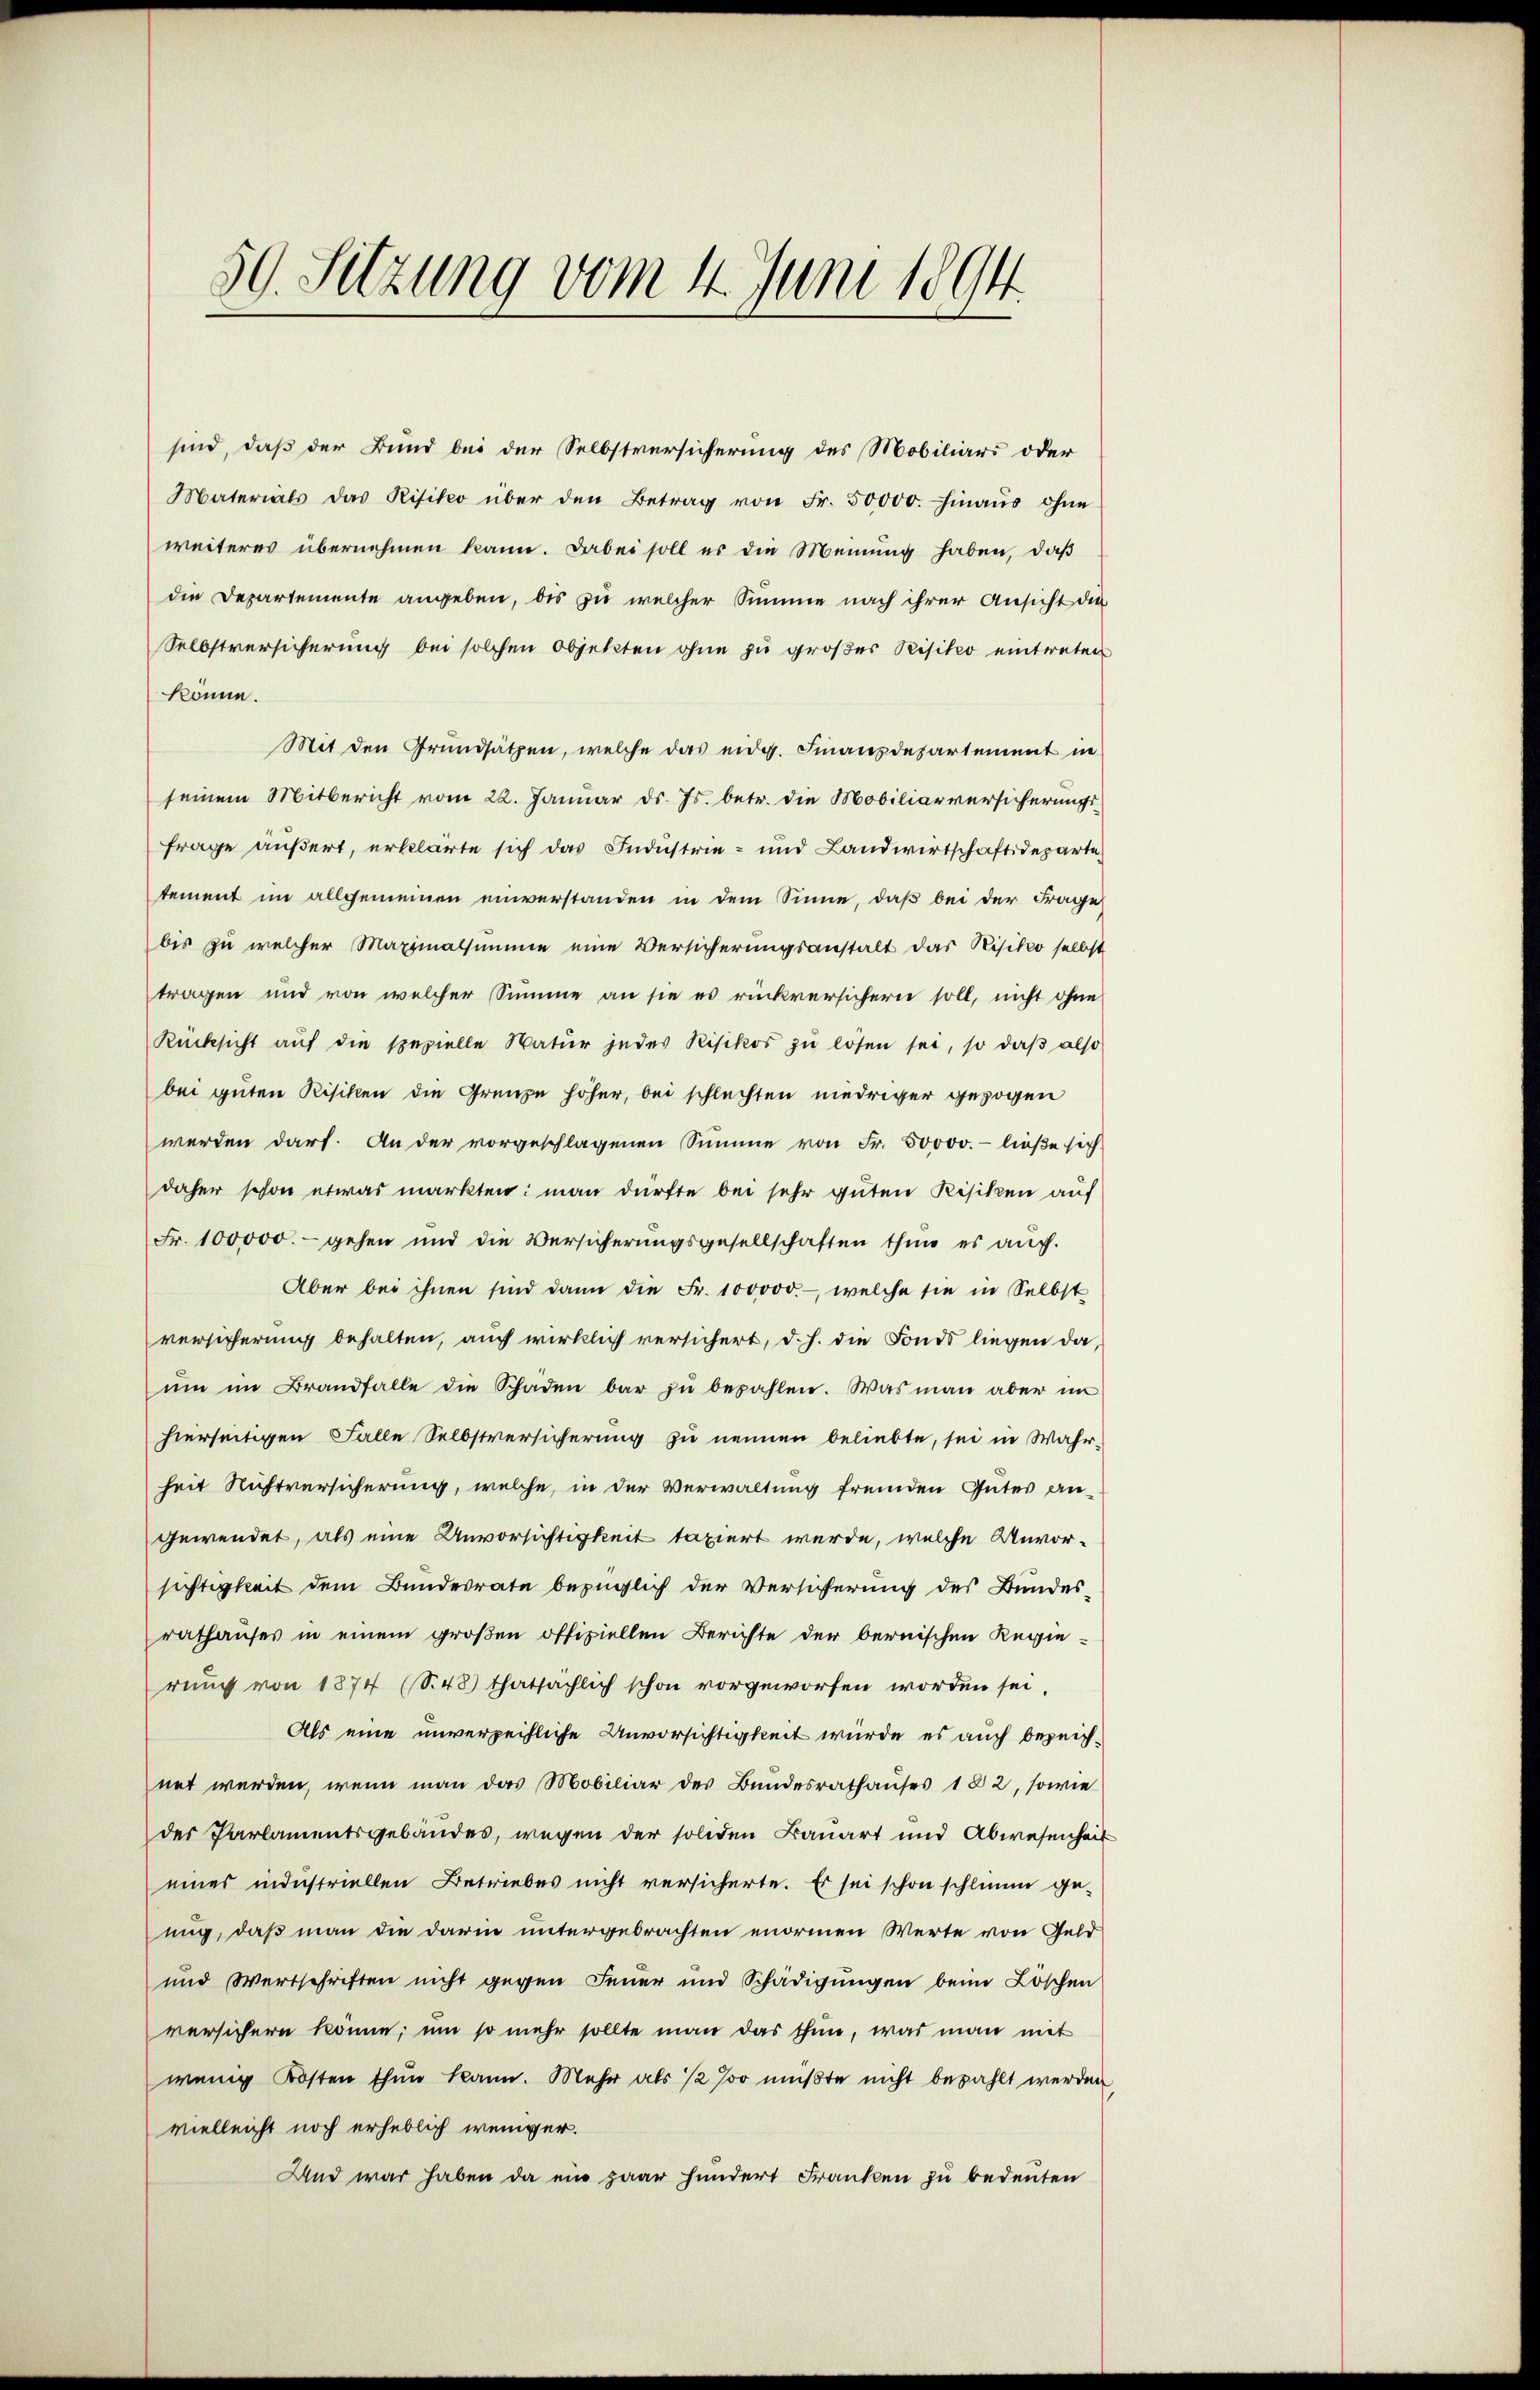
59. Sitzung vom 4. Juni 1894

sind, daß der Bund bei der Selbstversicherung des Mobiliars oder
Materials das Risiko über den Betrag von Fr. 50000. hinaŭs ohne
weiteres übernehmen kann. Dabei soll es die Meinung haben, daß
die Departemente angeben, bis zu welcher Summe nach ihrer Ansicht der
Selbstversicherŭng bei solchen Objekten ohne zu großer Visitio eintreten
könne.
Mit den Grundsätzen, welche das eidg. Finanzdepartement in
seinem Mitbericht vom 22. Januar ds. Js. betr. die Mobiliarversicherungs-
frage äußert, erklärte sich das Industrie- und Landwirtschaftsdeparte
tement im allgemeinen einverstanden in dem Sinne, daß bei der Frage
bis zu welcher Maximalsumme eine Versicherungsanstalt das Risiko selbst
tragen und von welcher Summe an sie es rückversichern soll, nicht ohne
Rücksicht auf die spezielle Natur jedes Risikos zu lösen sei, so daß also
bei guten Risiken die Grenze höher, bei schlechten niedriger gezogen
werden darf. An der vorgeschlagenen Summe von Fr. 50000. - ließe sich
daher schon etwas markten: man dürfte bei sehr guten Risiken auf
Fr. 100000.- gehen und die Versicherŭngsgesellschaften thun es aŭch.
Aber bei ihnen sind dann die Fr. 100000.- welche sie in Selbst
versicherung behalten, auch wirklich versichert, d. h. die Fonds liegen da,
ŭm im Brandfalle die Schaden bar zŭ bezahlen. Was man aber im
hierseitigen Falle Selbstversicherung zu nennen beliebte, sei in Wahr-
heit Nichtversicherung, welche, in der Verwaltung fremden Gutes an
gewendet, als eine Unvorsichtigkeit taxiert werde, welche Unvor-
sichtigkeit dem Bundesrate bezüglich der Versicherung des Bundes-
rathauses in einem großen offiziellen Berichte der bernischen Regierung von 1874 (S. 48) thatsächlich schon vorgeworfen worden sei.
Als eine unverzeihliche Unvorsichtigkeit wurde es auch bezeichnet werden, wenn man das Mobiliar des Bundesrathauses 182, sowie
des Parlamentsgebäudes, wegen der soliden Bauart und Abwesenheit
eines industriellen Betriebes nicht versicherte. Es sei schon schlimm ge-
nug, daß man die darin untergebrachten mormen Werte von Geld
und Wertschriften nicht gegen Feuer und Schädigŭngen beim Löschen
versichern könne; um so mehr sollte man das thun, was man mit
wenig Kosten thun kann. Mehr als 12 so müßte nicht bezahlt werden
vielleicht noch erheblich weniger.
Und war haben da ein paar hundert Franken zu bedeuten